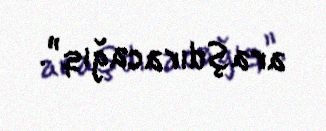
araşdıracağıq”.